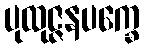
ပုထုဇ္ဇနပက္ခေ